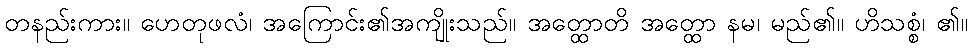
တနည်းကား။ ဟေတုဖလံ၊ အကြောင်း၏အကျိုးသည်။ အတ္ထောတိ အတ္ထော နမ၊ မည်၏။ ဟိသစ္စံ၊ ၏။